Bréfritari: Gunnlaugur Oddsson
Dagsetning: A-1888-09-04
Skrifað á: Glasgow, Skotlandi

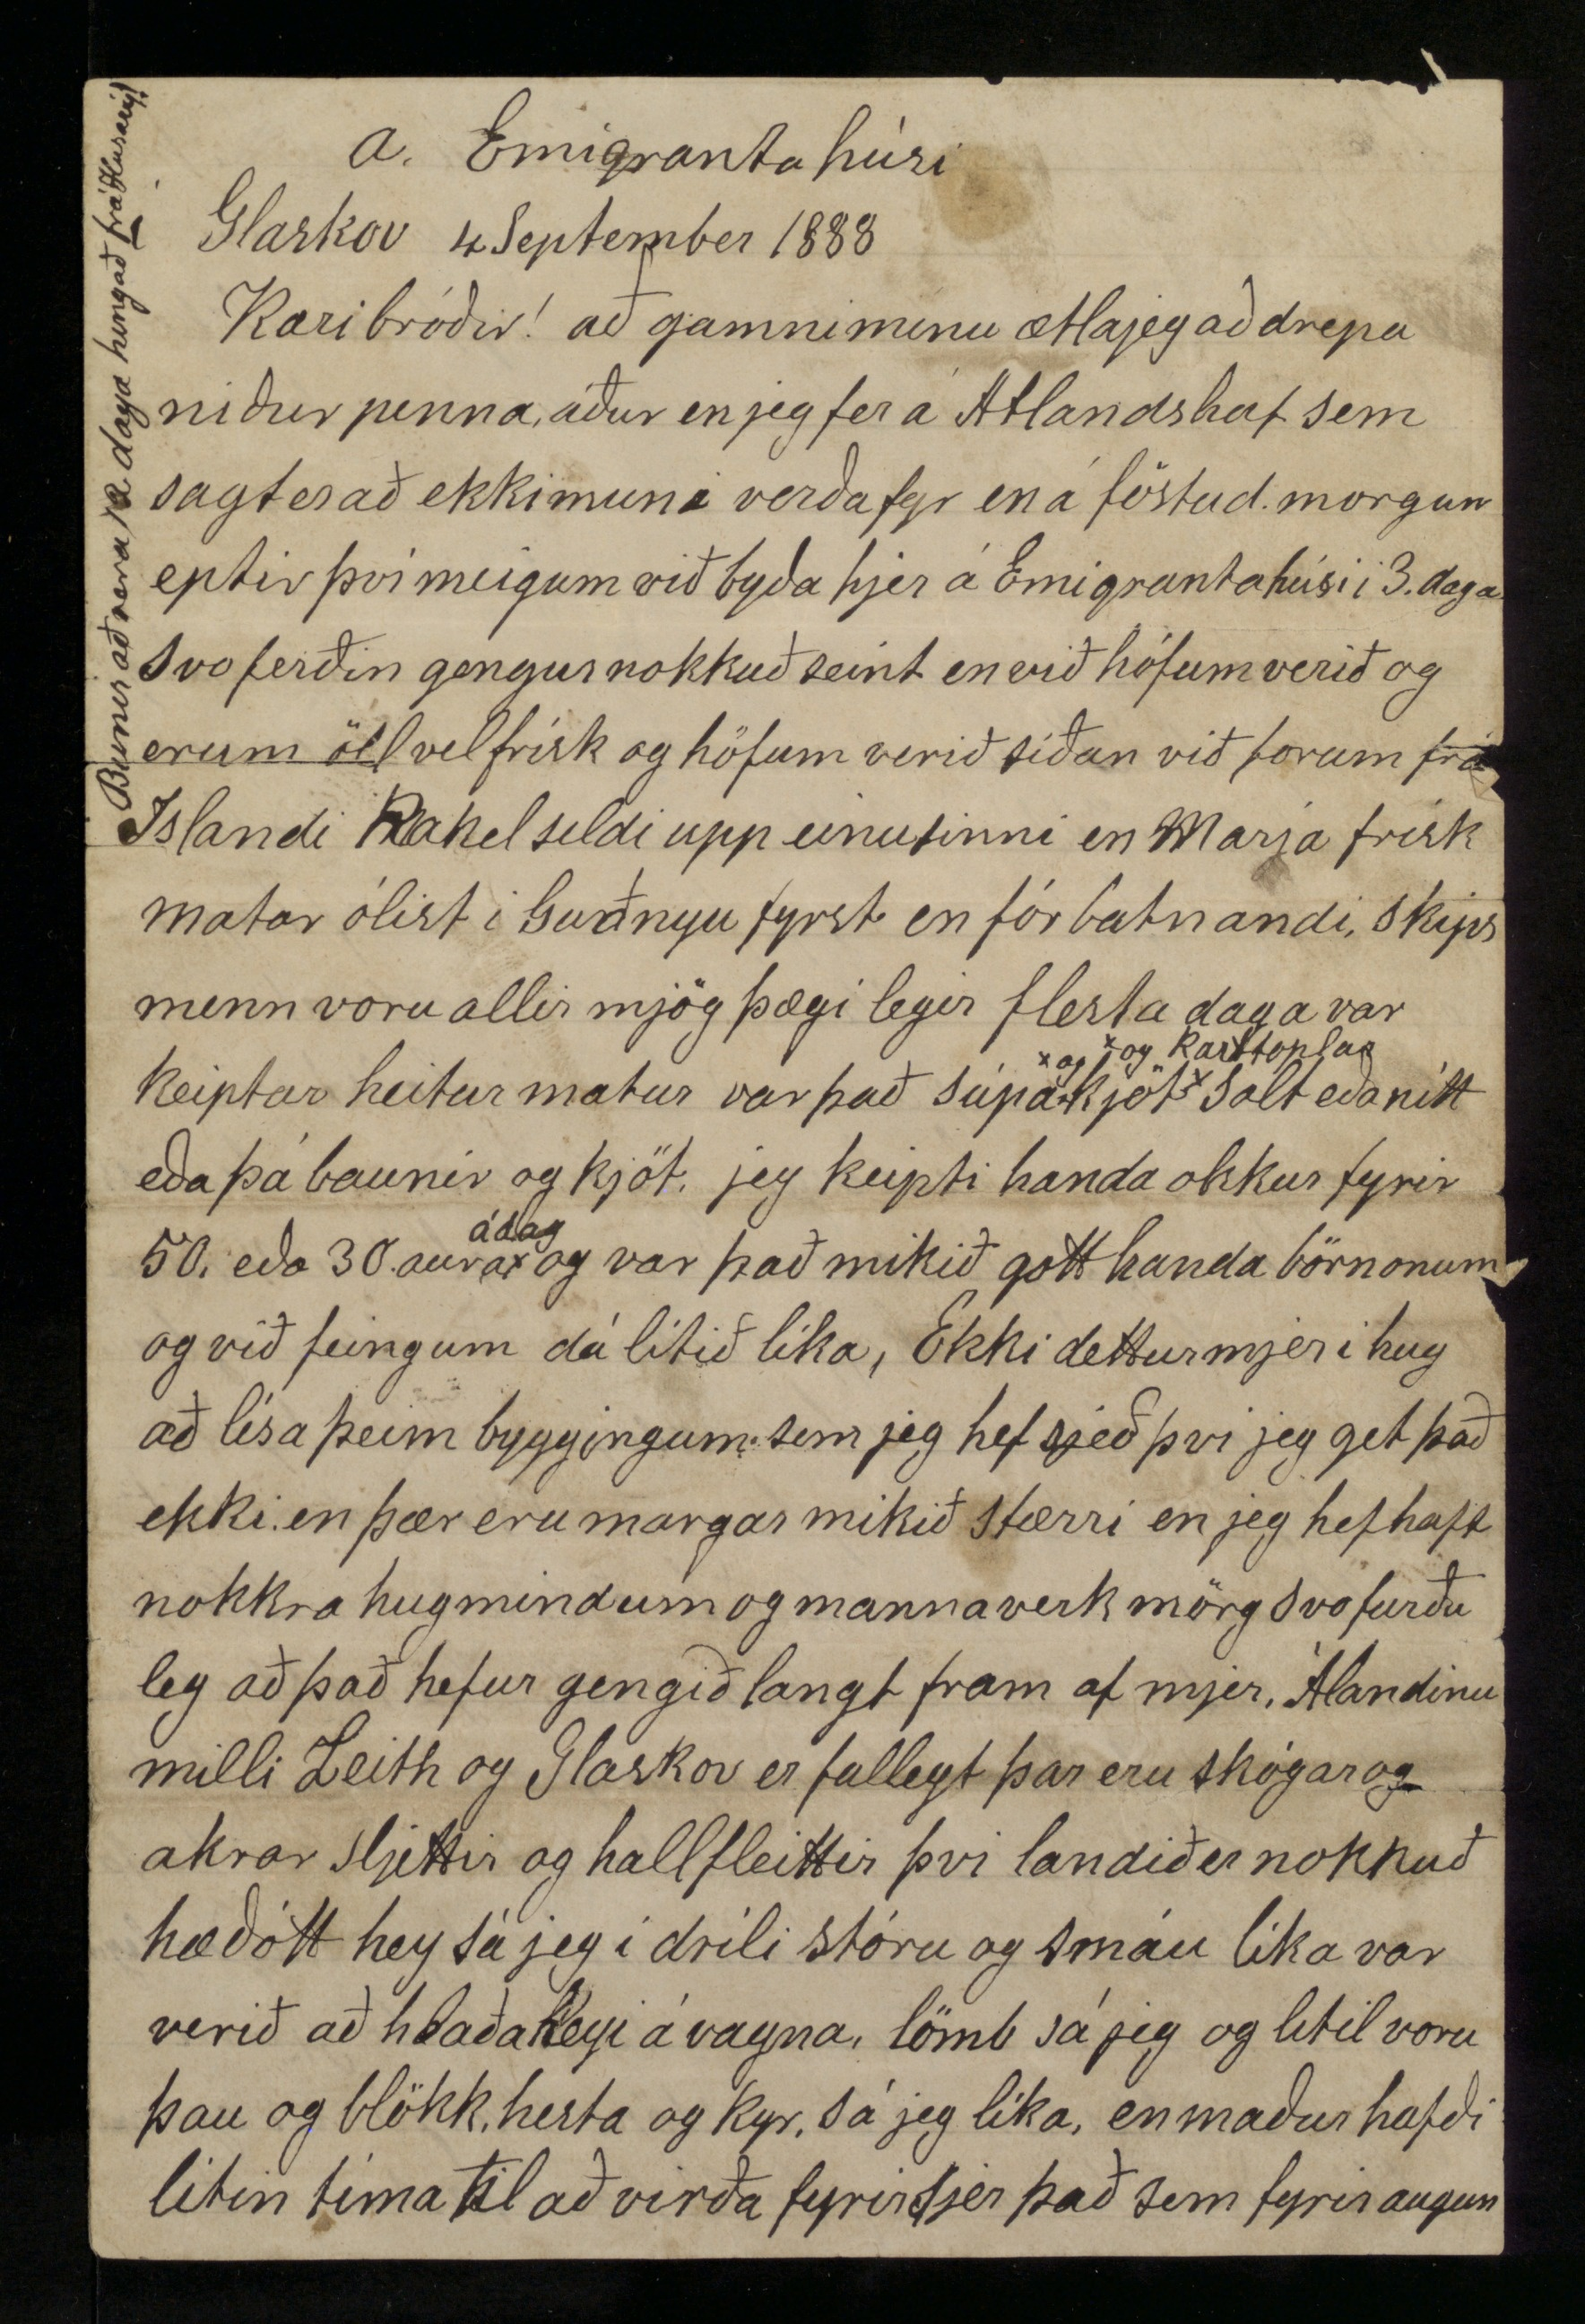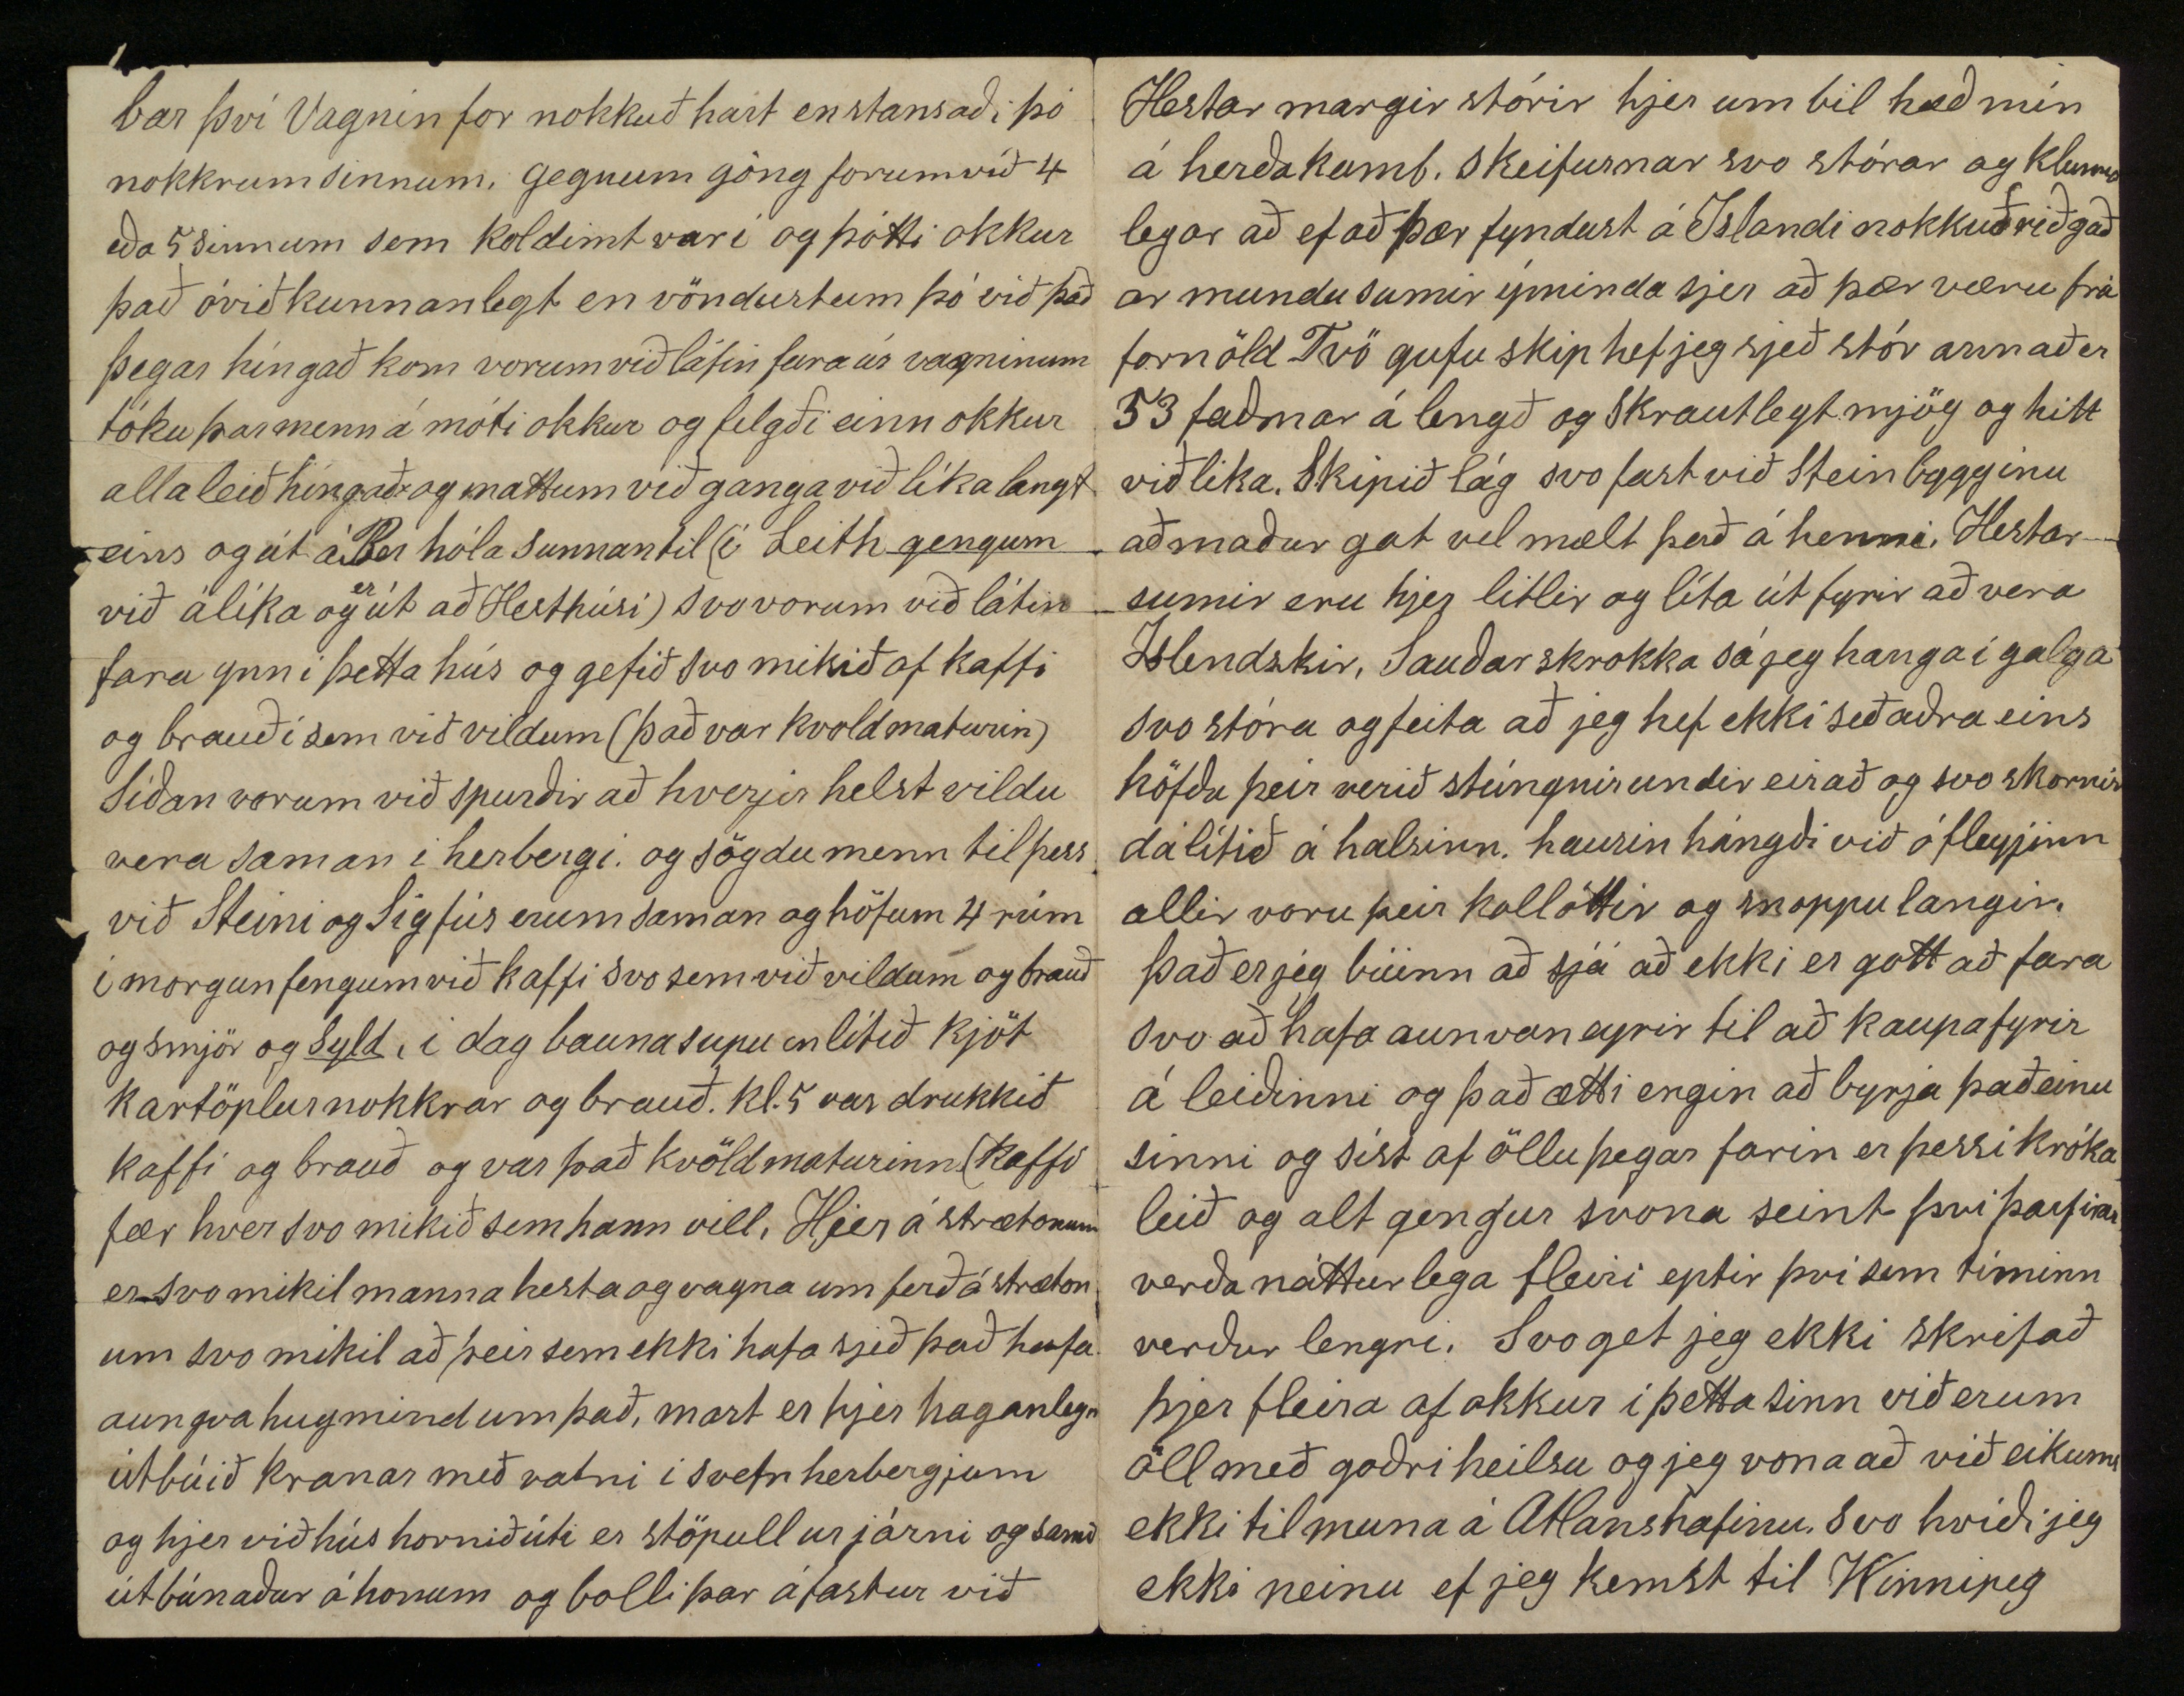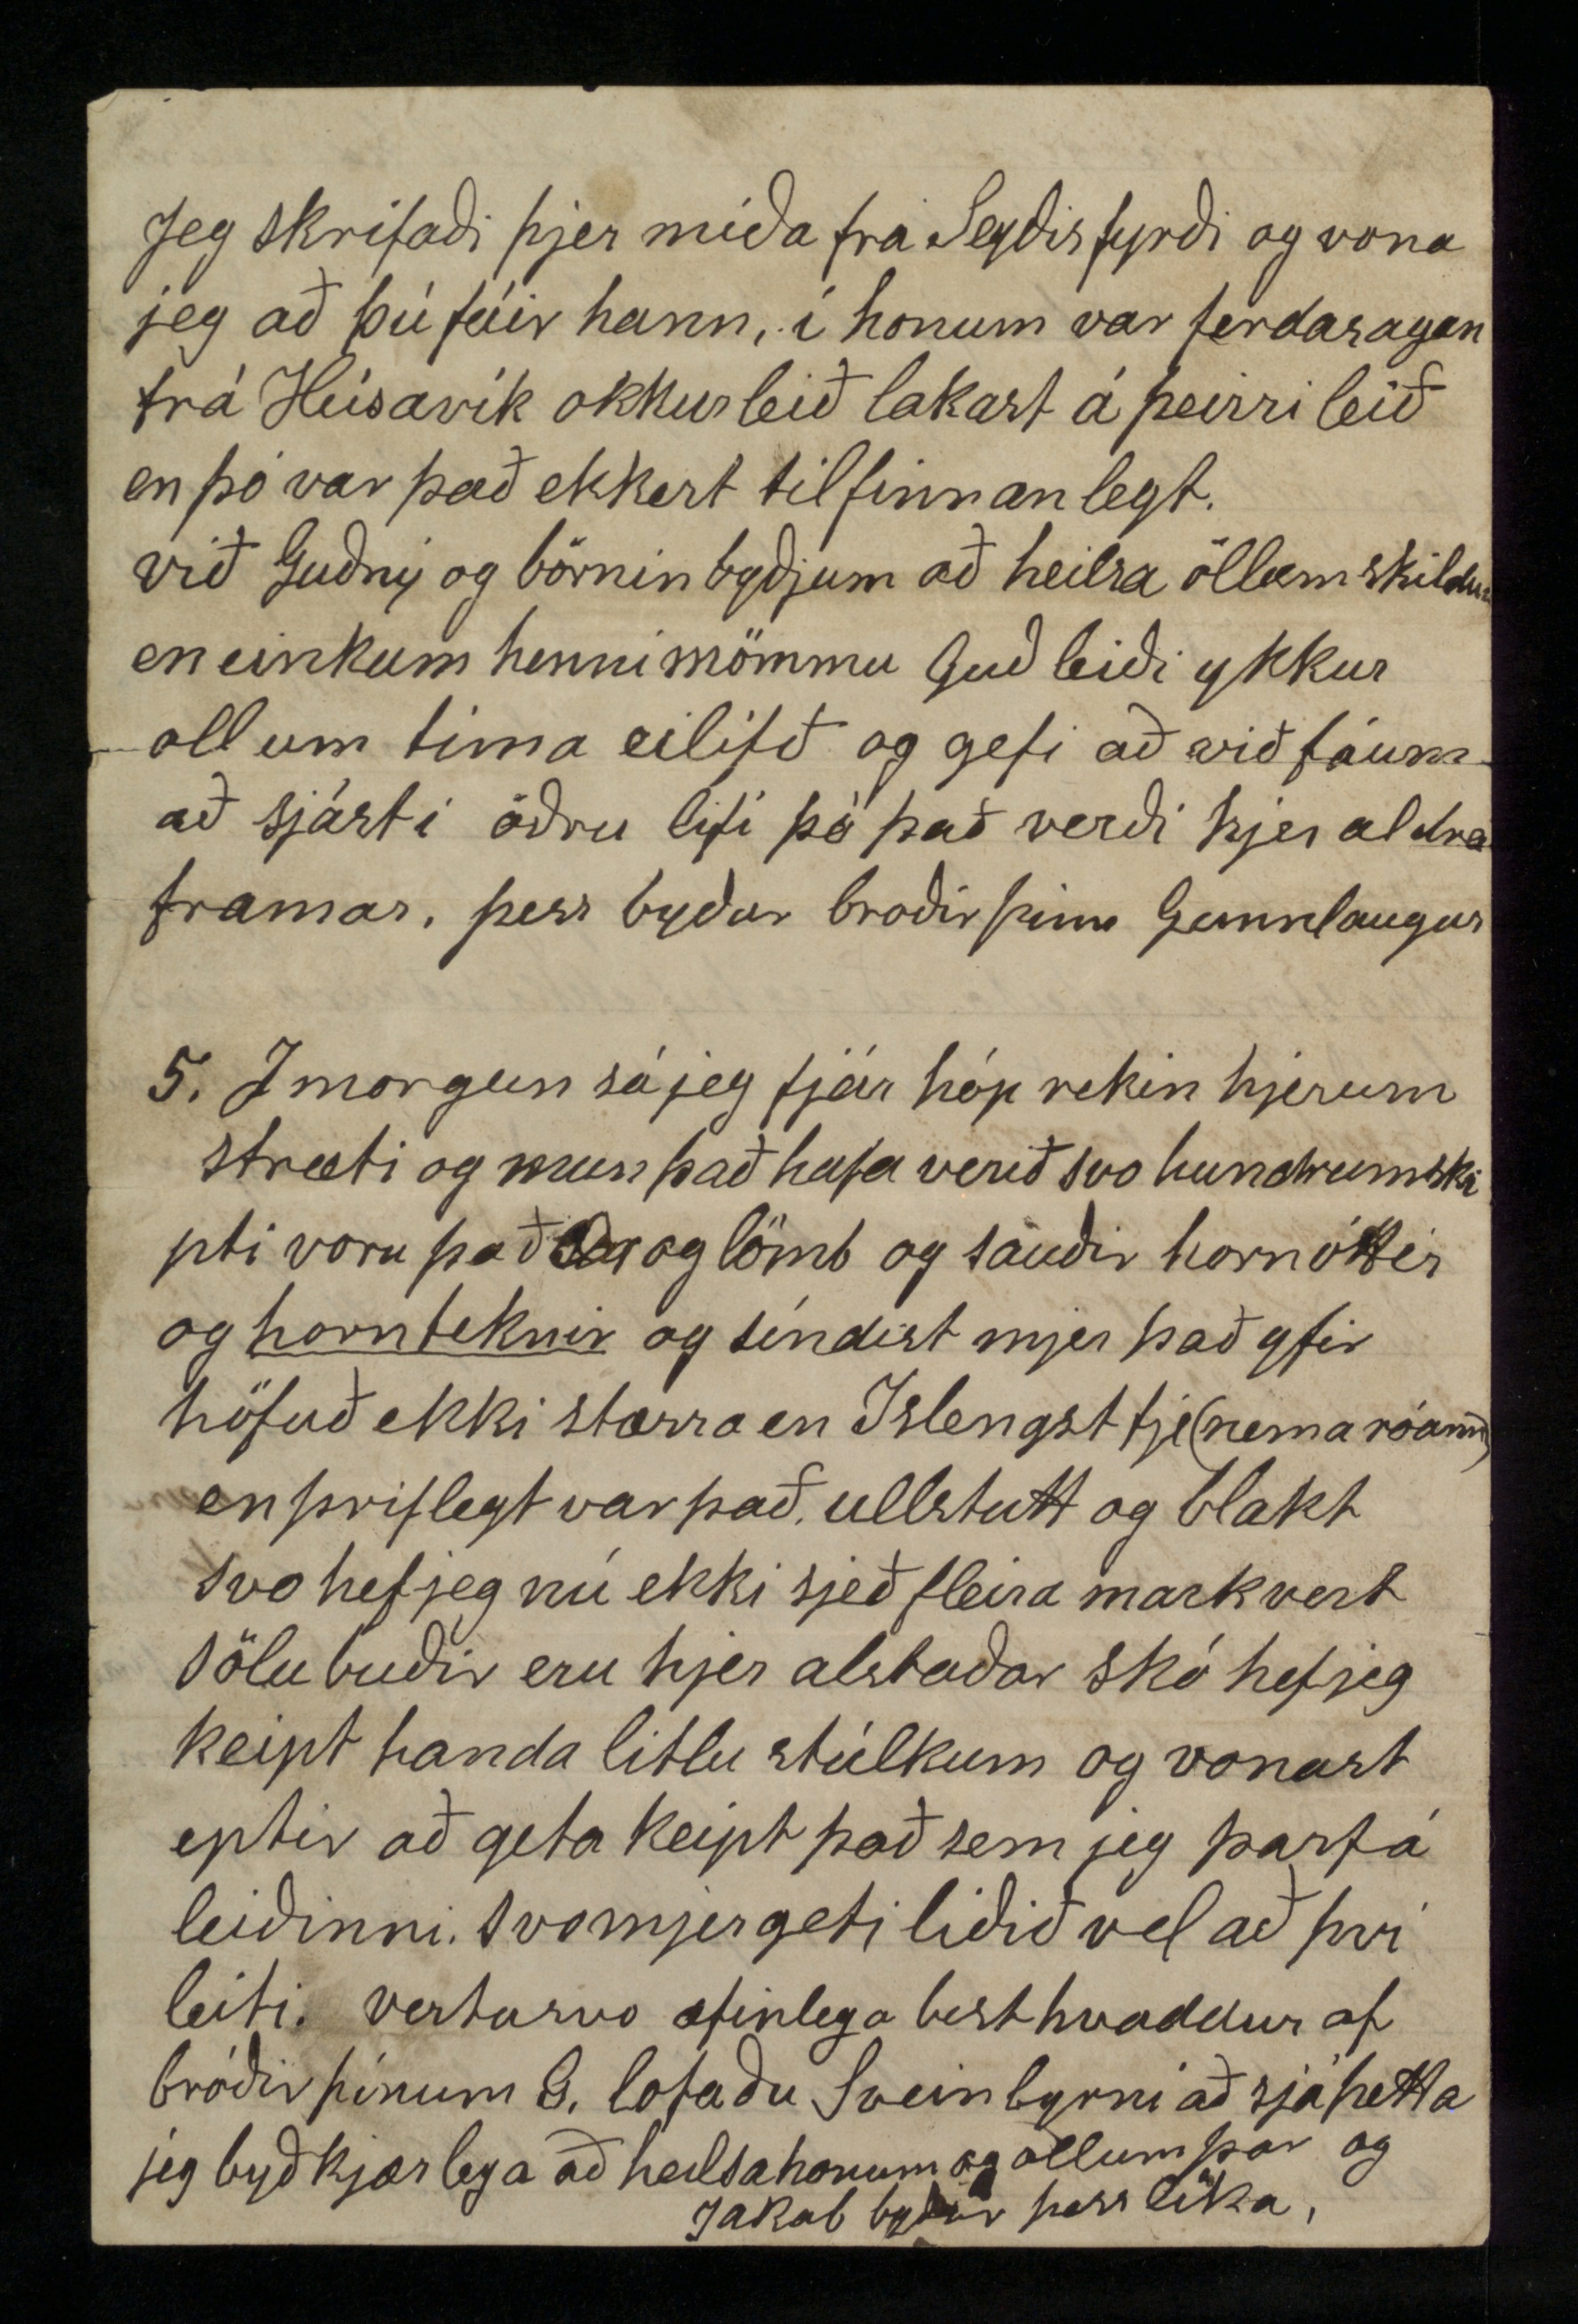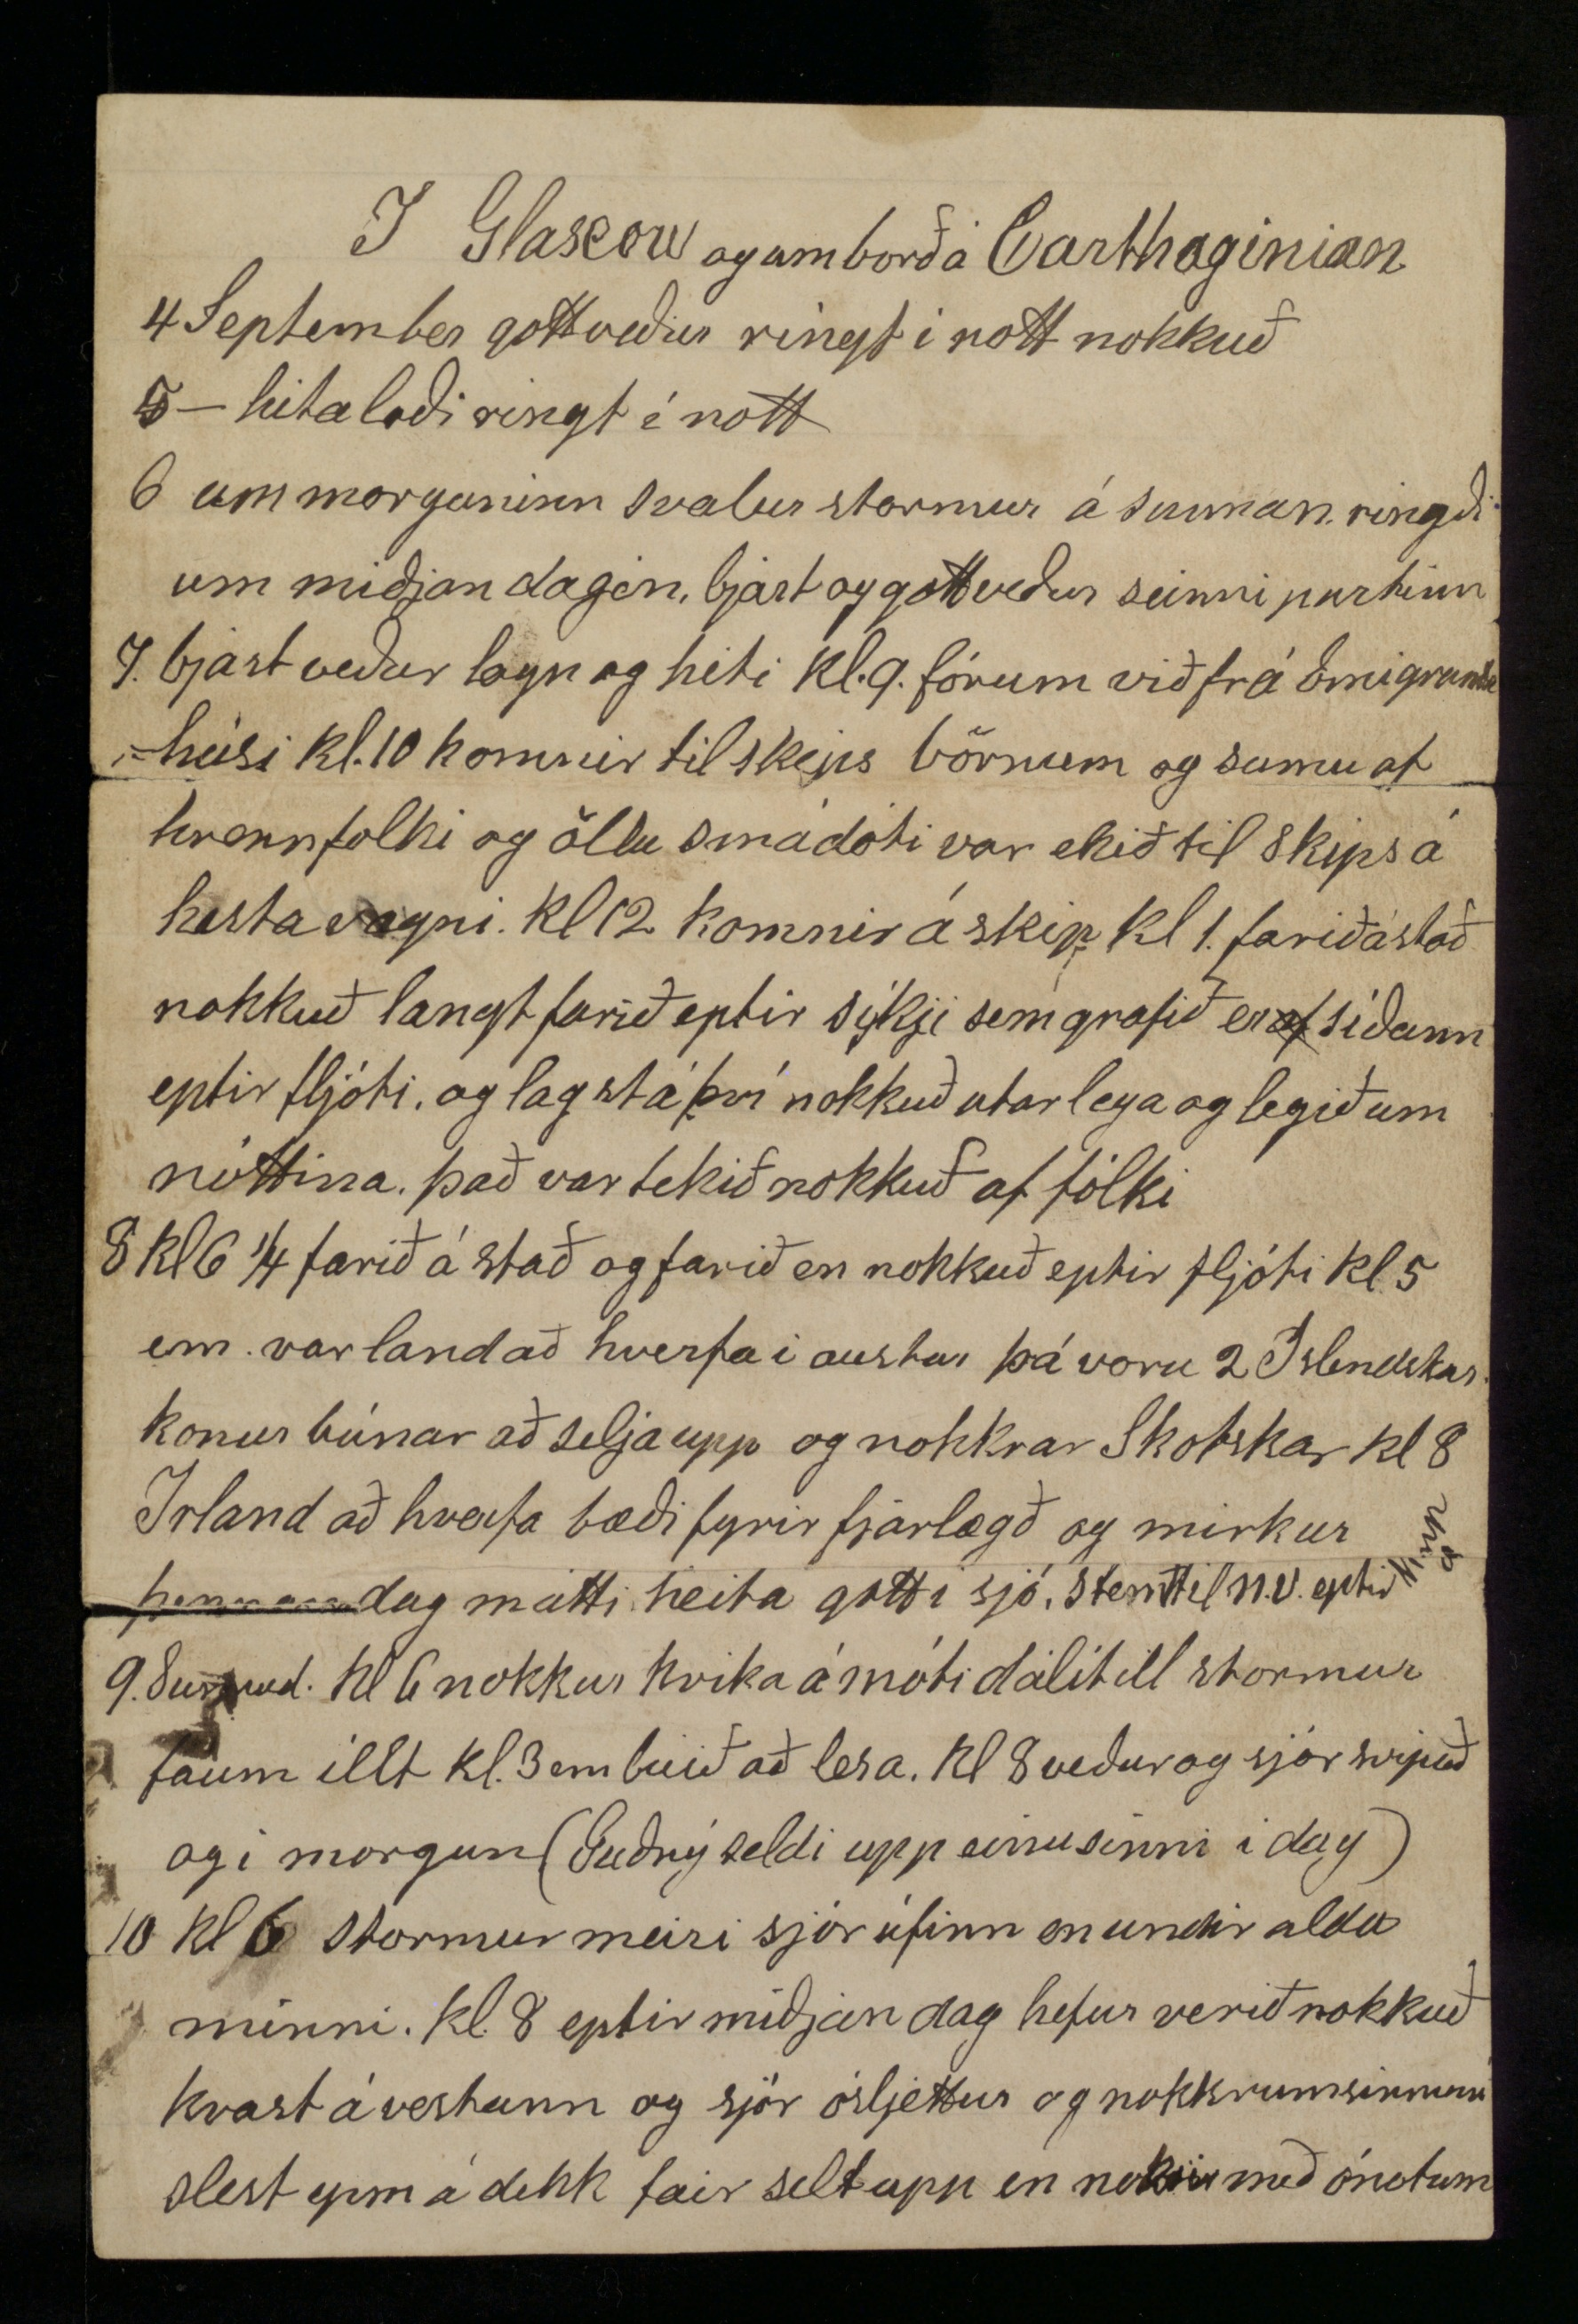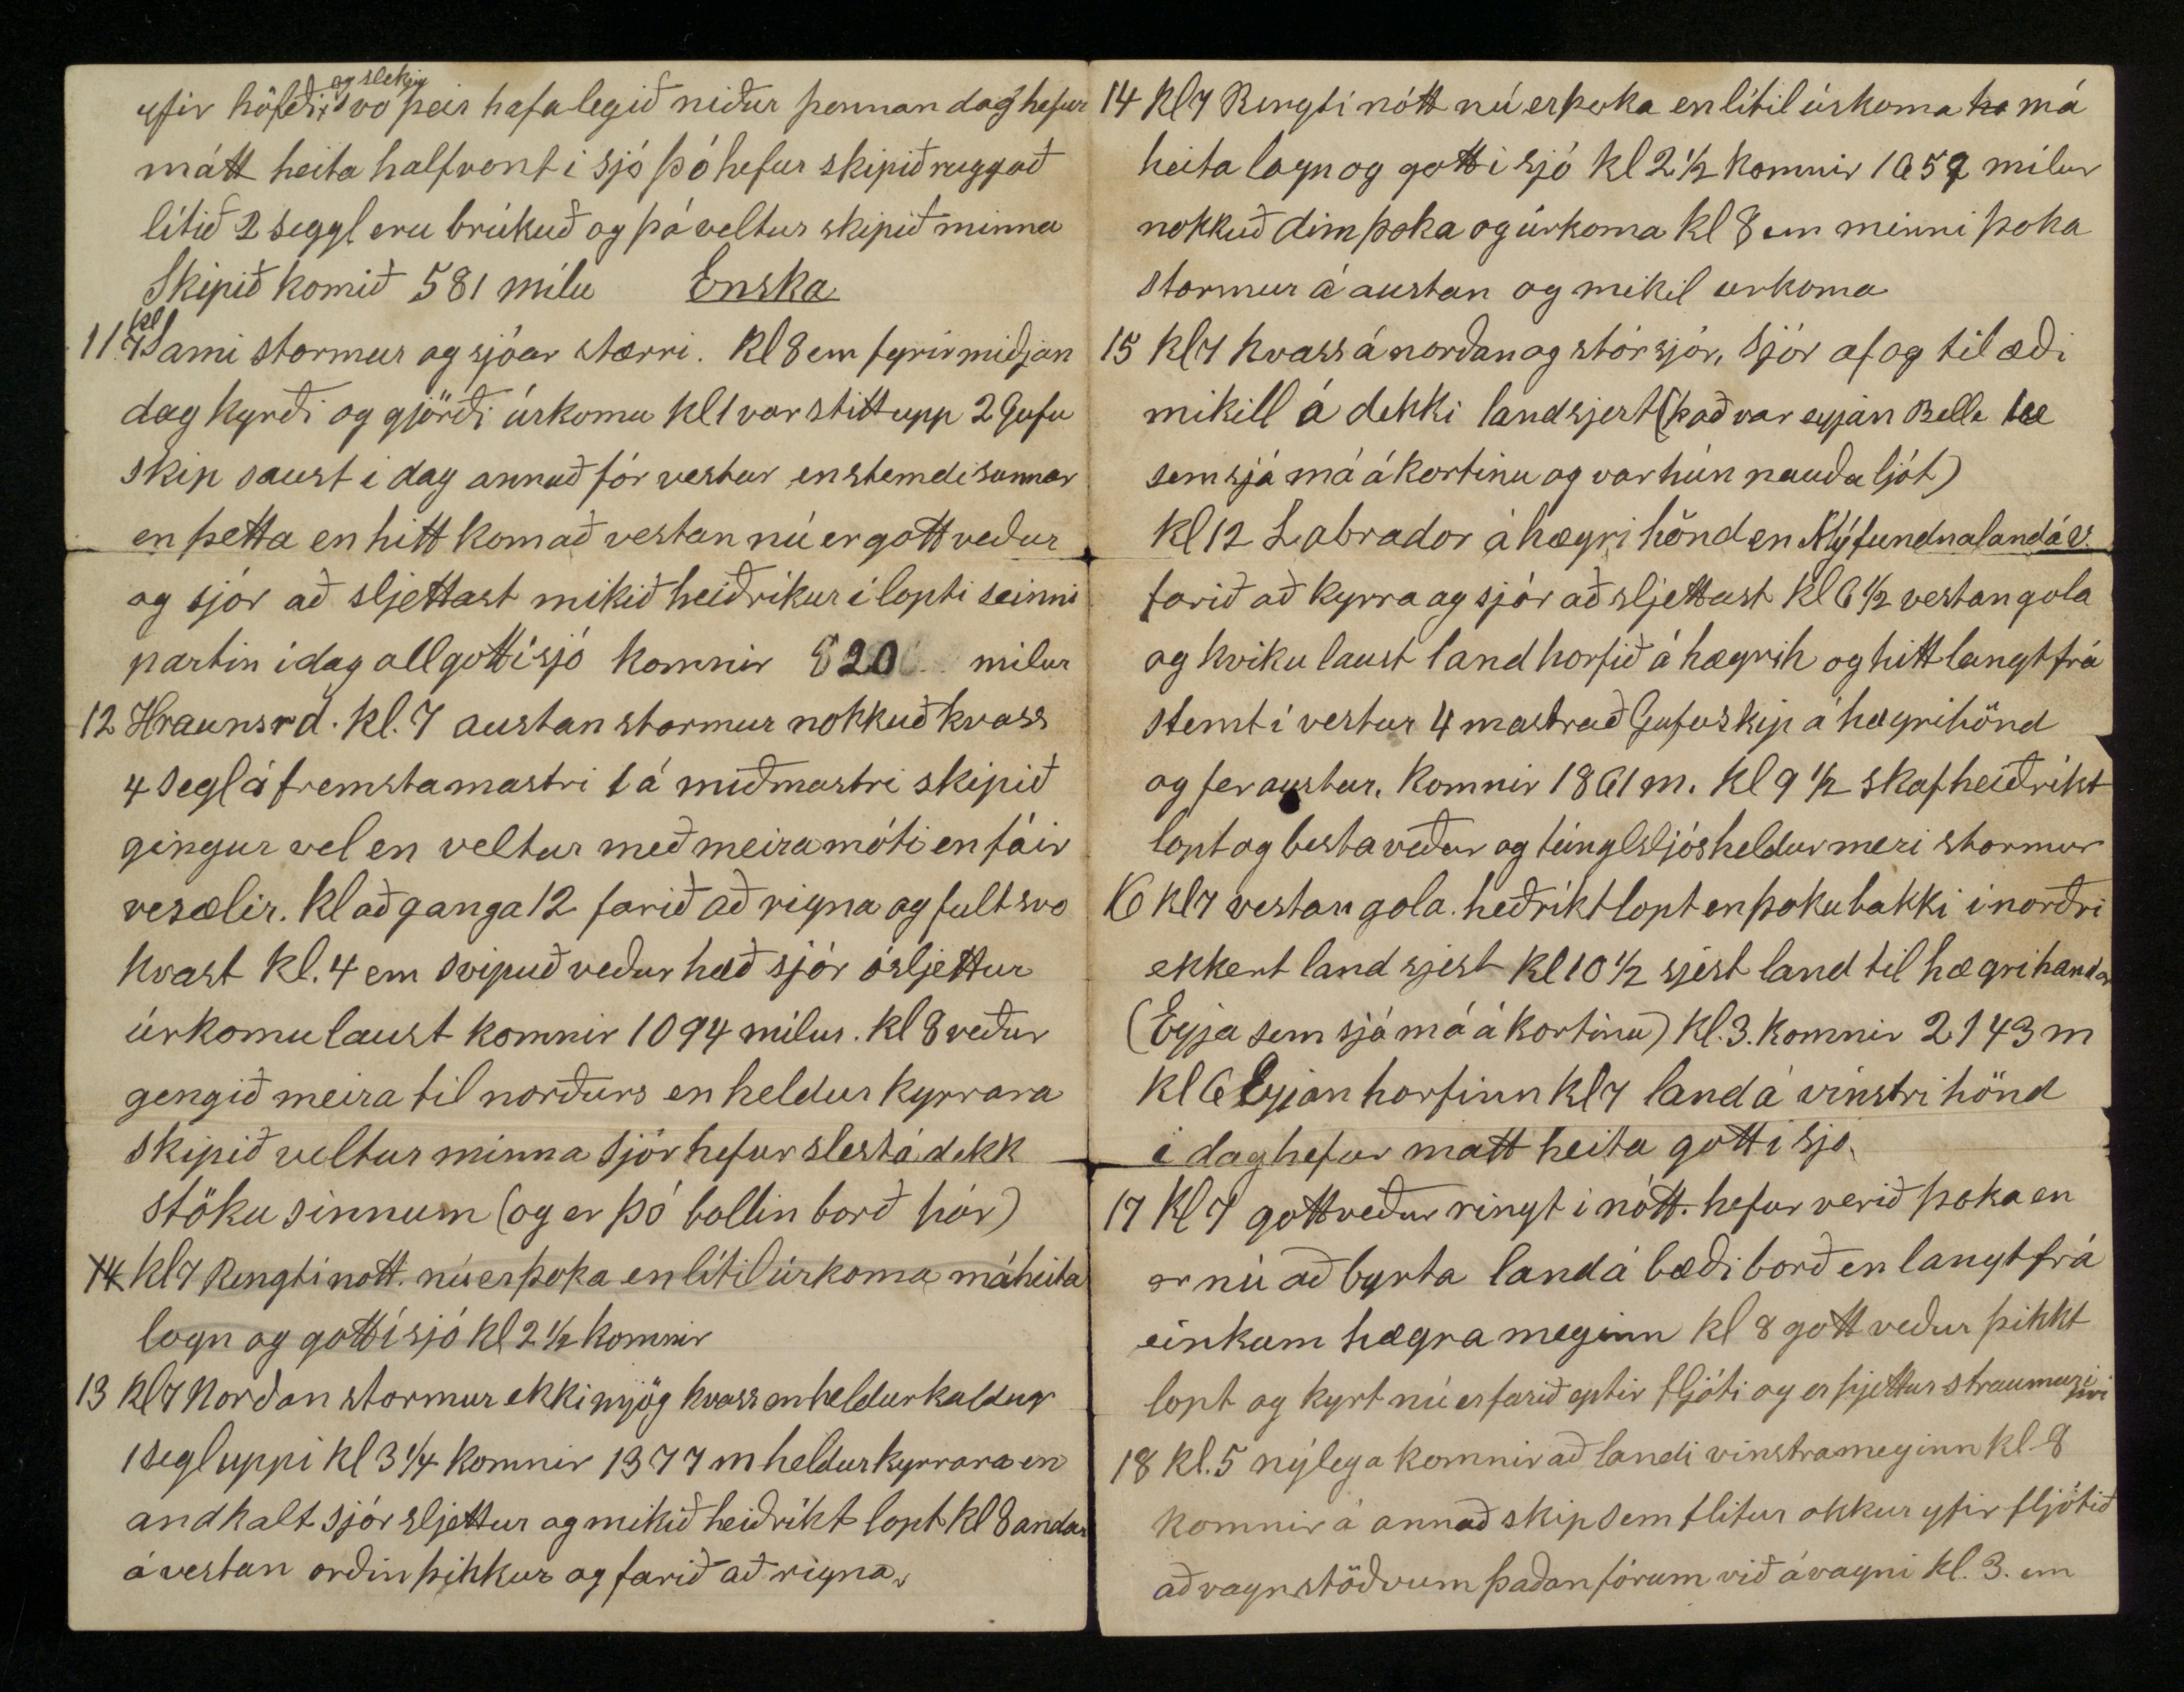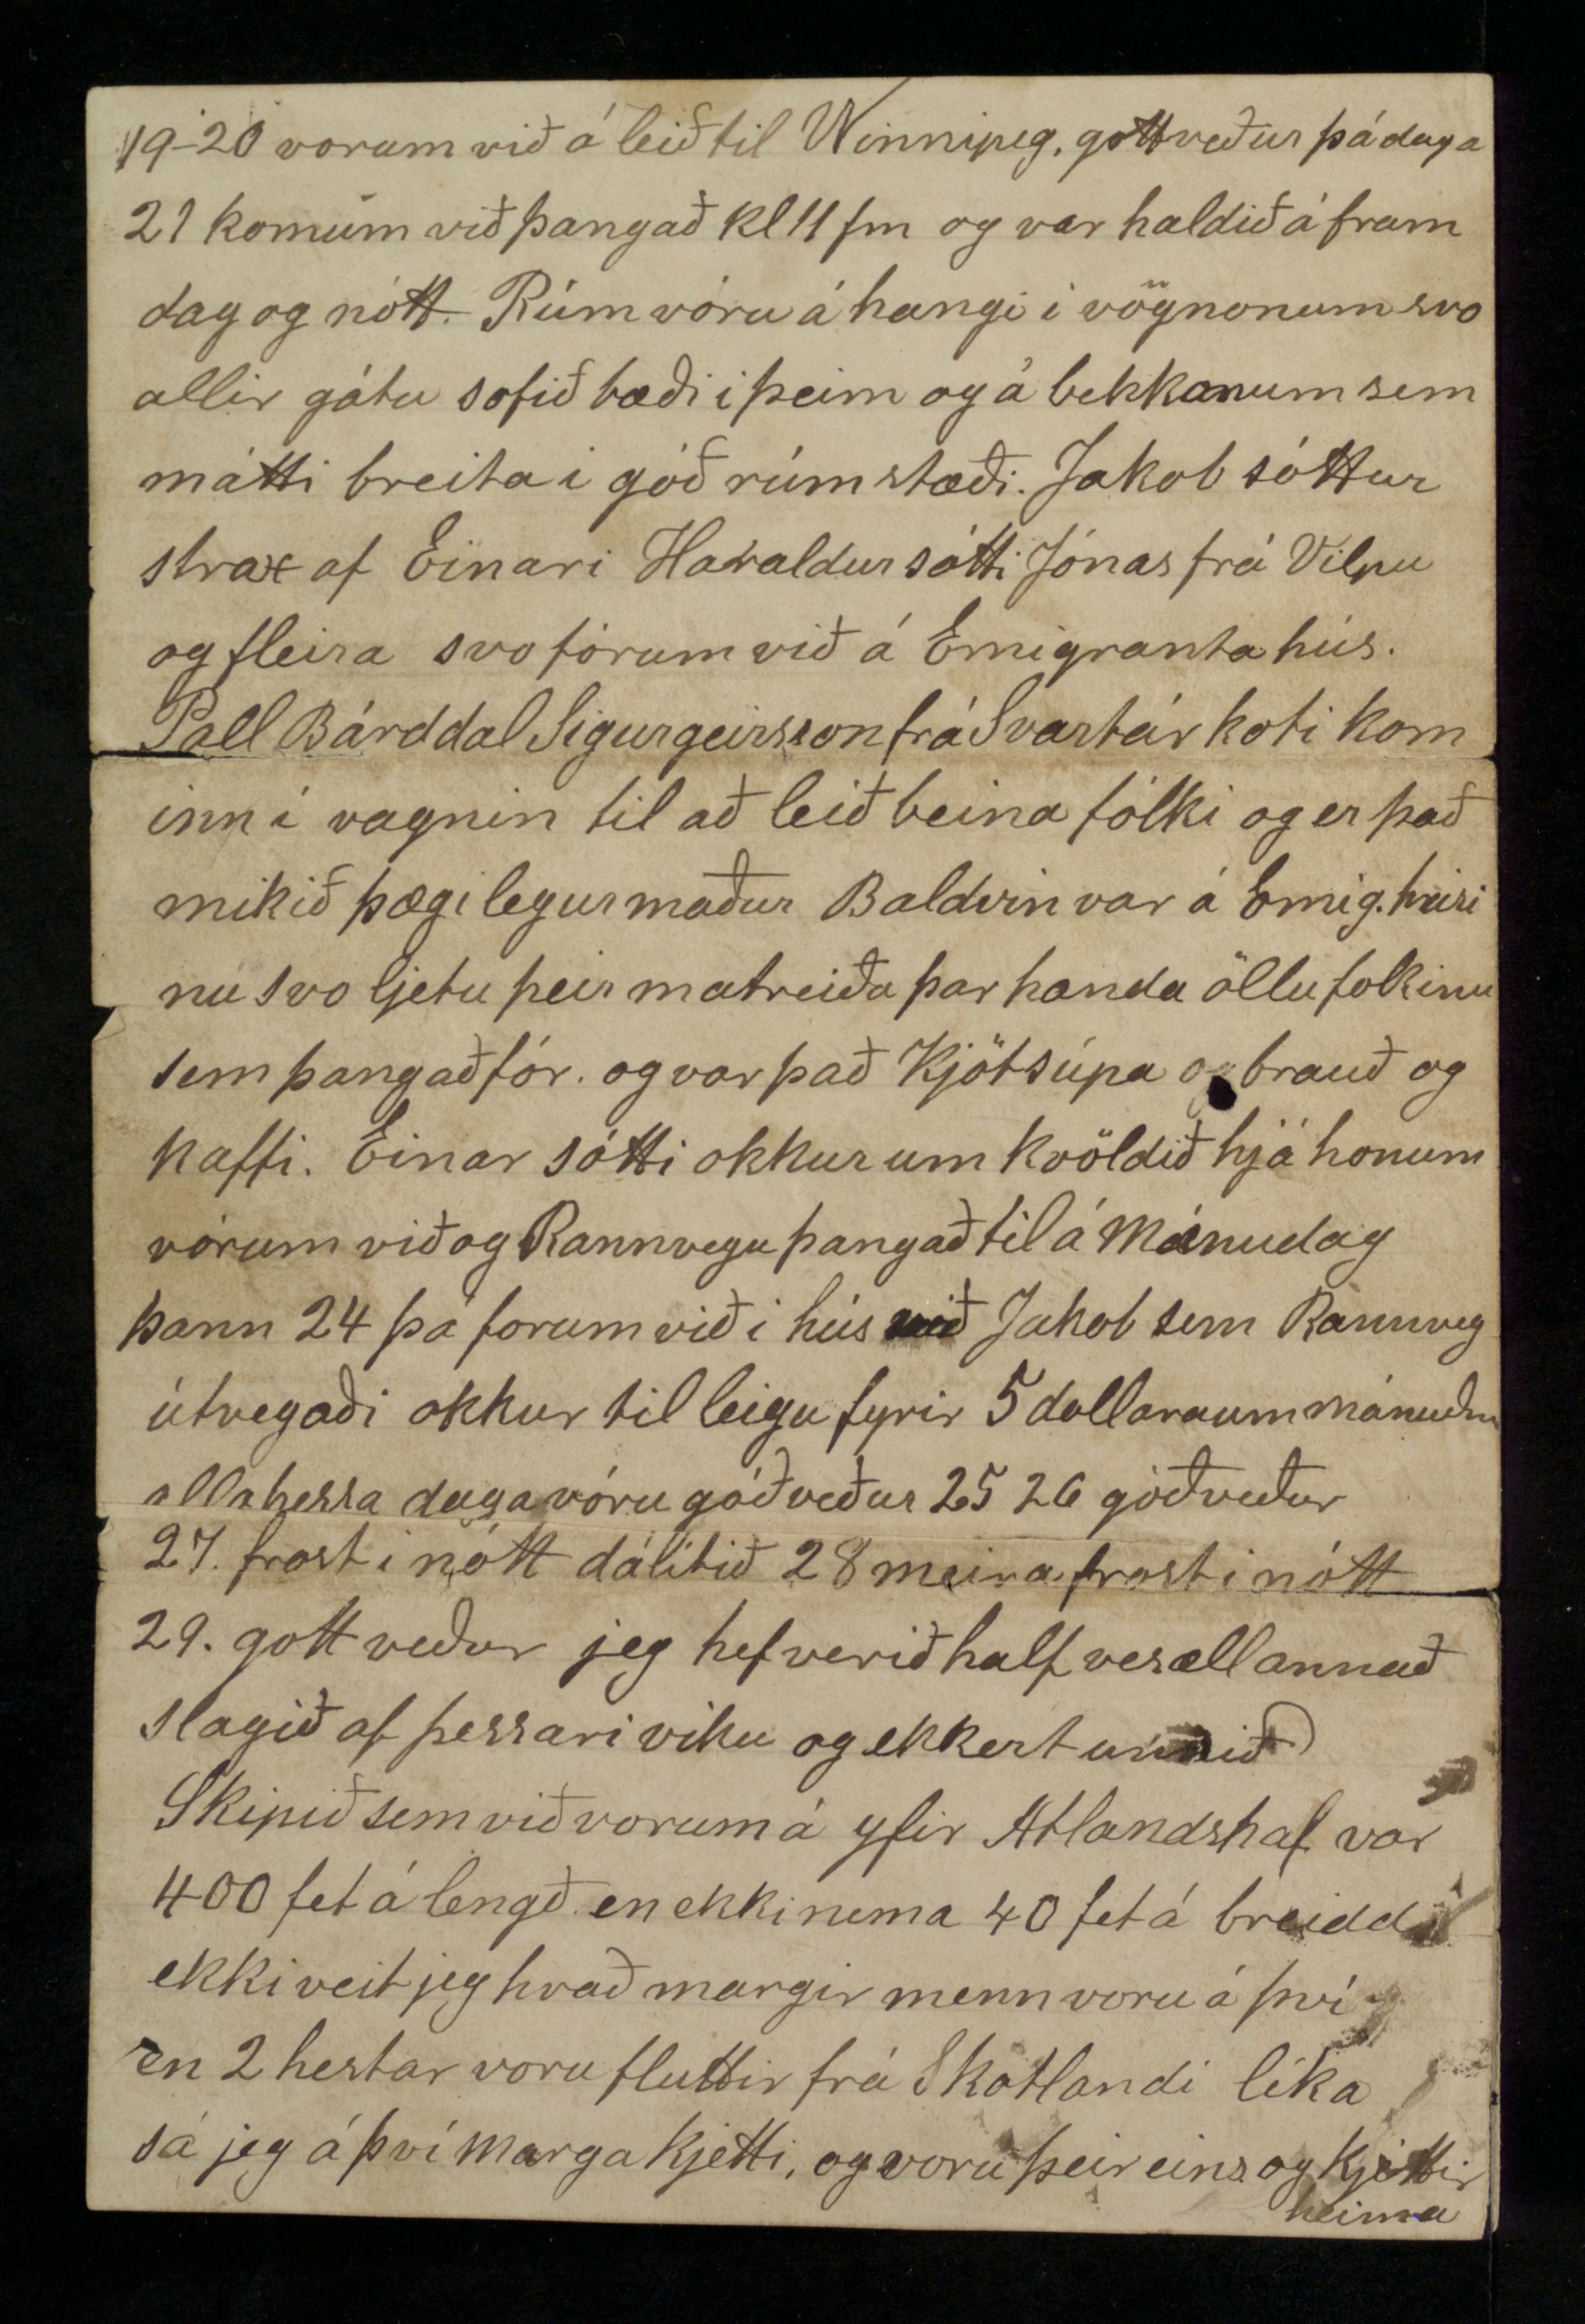

A Emigrantahúsi Glaskov 4 September 1888
Kæri bróðir! að gamni mínu ætla jeg að drepa niður penna áður en jeg fer á Atlandshaf sem sagt er að ekki muni verða fyr en á föstud. morgun eptir því meigum við byða hjer á Emigrantahúsi í 3. daga svo ferðin gengur nokkuð seint en við höfum verið og erum öll vel frísk og höfum verið síðan við forum frá Islandi Rakel seldi upp einusinni en María frísk matar ólist í Guðnyu fyrst en fór batnandi, skips menn voru allir mjög þægi legir flesta daga var keiptur heitur matur var það súpa
og
kjöt
og kartoplur
salt eða nítt eða þá baunir og kjöt. jeg keipti handa okkur fyrir 50. eða 30 aura
á dag
og var það mikið gott handa börnonum og við feingum dálítið líka, Ekki dettur mjer í hug að lísa þeim byggingum sem jeg hef sjeð því jeg get það ekki en þær eru margar mikið stærri en jeg hef haft nokkra hugmynd um og mannaverk mörg svo furðu leg að það hefur gengið langt fram af mjer. Á landinu milli Leith og Glaskov er fallegt þar eru skógar og akrar sljettir og hallfleittir því landið er nokkuð hæðótt hey sá jeg í dríli stóru og smáu líka var verið að hlaða heyi á vagna, lömb sá jeg og litil voru þau og blökk, hesta og kyr, sá jeg líka, en maður hafði lítin tíma til að virða fyrir sjer það sem fyrir augun
bar því Vagnin for nokkuð hart en stansaði þó nokkrum sinnum, gegnum göng forum við 4 eða 5 sinnum sem koldimt var í og þótti okkur það óviðkunnanlegt en vöndustum þó við það þegar híngað kom vorum við látin fara úr vagninum tóku þar menn á móti okkur og filgði einn okkur alla leið híngað og mattum við ganga við líka langt eins og út á Berhóla sunnan til (í Leith gengum við álíka og
er
út að Hesthúsi) svo vorum við látin fara ynn í þetta hús og gefið svo mikið af kaffi og brauði sem við vildum (það var kvoldmaturin) Síðan vorum við spurðir að hverjir helst vildu vera saman í herbergi. og sögðu menn til þess við Steini og Sigfús erum saman og höfum 4 rúm í morgun fengum við kaffi svo sem við vildum og brauð og smjög og
Syld
, í dag baunasupu en lítið kjöt karöplur nokkrar og brauð. kl. 5 var drukkið kaffi og brauð og var það kvöldmaturinn (kaffi fær hver svo mikið sem hann vill, Hjer á strætonum er svo mikil manna hesta og vagna umferð á strætonum svo mikil að þeir sem ekki hafa sjeð það hafa aungva hugmind um það, mart er hjer haganlega útbúið kranar með vatni í svefn herbergjum og hjer við hús hornið úti er stöpull úr járni og sami útbúnaður á honum og bolli þar áfastur við
Hestar margir stórir hjer um bil hæð mín á herðakamb. Skeifurnar svo stórar og kluna legar að ef að þær fyndust á Islandi nokkuð riðgaðar mundu sumir ýminda sjer að þær væri fra fornöld Tvö gufu skip hef jeg sjeð stór annað er 53 faðmar á lengð og skrautlegt mjög og hitt líka. Skipið lág svo fast við Steinbygginu að maður gat vel mælt það á henni. Hestar sumir eru hjer litlir og líta út fyrir að vera Islendskir, Sauðarskrokka sá jeg hanga í galga svo stóra og feita að jeg hef ekki seð aðra eins höfðu þeir verið stúngnir undir eirað og svo skornir dálítið á halsinn. hausin hángði við á ófleyjinn allir voru þeir kollóttir og snoppu langir. Það er jeg búinn að sjá að ekki er gott að fara svo að hafa aunvan eyrir til að kaupa fyrir á leiðinni og það ætti engin að byrja það einu sinni og síst af öllu þegar farin er þessi króka leið og alt gengur svona seint því þarfir verða nátturlega fleiri eptir því sem tíminn verður lengri. Svo get jeg ekki skrifað þjer fleira af okkur í þetta sinn við erum öll með goðri heilsu og jeg vona að við
eikum
ekki til muna á Atlanshafinu Svo kvíði jeg ekki neinu ef jeg kemst til Winnipeg
Jeg skrifaði þjer miða fra Seyðisfyrði og vona jeg að fáir hann, í honum var ferðasagana frá Húsavík okkur leið lakast á þeirri leið en þó var það ekkert tilfinnanlegt.
Við Guðný og börnin byðjum að heilsa öllum skildum en einkum henni mömmu Guð leiði ykkur oll um tíma eilífð og gefi að við fáum að sjást í öðru lífi þó það verði hjer aldrei framar, þess byður broðir þinn Gunnlaugur
5. I morgun sá jeg fjár hóp rekin hjerum stræti og mun það hafa verið svo
hundr umskipti
voru það ær og lömb og sauðir hornóttir og
hornteknir
og síndist mjer það yfir höfuð ekki stærra en Islengst fje (nema róann) en þriflegt var það ullstutt og blakt svo hef jeg nú ekki sjeð fleira markvert sölu buðir eru hjer alstaðar skó hef jeg keipt handa litlu stúlkum og vonast eptir að geta keipt það sem jeg þarf á leiðinni. svo mjer geti liðið vel að því leiti. vertu svo æfinlega best kvaddur af bróðir þínum G. lofaðu Sveinbyrni að sjá þetta jeg byð kjærlega að heilsa honum og ollum þar og Jakob byður þess líka.
I Glascow og um borð á Carthaginian
4 September gott veður ríngt í nott nokkuð
5 - hitaloði ringt í nott
6 um morguninn svalur stormur á sunann ringdi um miðjan dagin, bjart gott veður seinni partinn
7. bjart veður logn og hiti kl. 9. fórum við frá Emigrantahúsi kl. 10 komnir til skips börnum og sumu af kvennfolki og öllu smádóti var ekið til skips á hestavagni. kl 12 komnir á skip kl 1 farið á stað nokkuð langt farið eptir sýkji sem grafið er
af
síðann eptir fljóti, og lagst á því nokkuð ofarlega og legið um nóttina. það var tekið nokkuð af fólki
8 kl 6 1/4 farið á stað og farið en nokkuð eptir fljóti kl. 5 em var land að hverfa í austur þá voru 2 Íslendskar konur búnar að selja upp og nokkrar Skotskar kl 8 Irland að hverfa bæðið fyrir fjarlægð og mirkur þennan dag mátti heita gott í sjó, stemt til n.v. eptir
kompas
9. Sunnud. kl 6 nokkur kvika á móti dálítill stormur fáum íllt kl. 3 em búið að lesa. kl 8 veður og sjór svipuð og í morgun (Guðný seldi upp einu sinni í dag)
10 kl 6 stormur meiri sjór úfinn en undir alda minni. kl 8 eptir miðjan dag hefur verið nokkuð kvast á vestann og sjór ósljettur og nokkrumsinnum slest upp á dekk fair selt upp en nokrir með ónotum
yfir höfði
og slikju
svo þeir hafa legið niður þennan dag hefur mátt heita halfvont í sjó þó hefur skipið ruggað lítið 2 seggl eru brúkuð og þá veltur skipið minna Skipið komið 581 mílu
Enska
11
kl
7 Sami stormur og sjóar stærri. kl 8 em fyrir miðjan dag kyrði og gjörði úrkomu kl 1 var stilt upp 2 Gufu skip saust í dag annað fór vestur en stemdi sunnar en þetta en hitt kom að vestan nú er gott veður og sjór að sljettast mikið heiðríkur í lopti seinni partin í dag allgott í sjó komnir 820 mílur
12 Hraunsrd. kl. 7 austan stormur nokkuð kvass 4 segl á fremsta mastri 1 á miðmastri skipið gengur vel en veltur með meira móti en fáir vesælir. kl að ganga 12 farið að rigna og fult svo hvast kl. 4 em svipuð veður hæð sjór ósljettur úrkomulaust komnir 1094 mílur. kl 8 veður gengið meira til norðurs en heldur kyrrara Skipið veltur minna sjór hefur slest á dekk stöku sinnum (og er þó bollin borð hár)
14
kl 7 Ringt í nott. nú er þoka en lítil úrkoma má heita logn og gott í sjó kl 2 1/2 komnir
13 kl 7 norðan stormur ekki mjög kvass en heldur kaldur 1 segl uppi kl 3 1/4 komnir 1377 m heldur kyrrara en andkalt sjór sljettur og mikið heiðríkt lopt kl 8 andar á vestan orðin þikkur og farið að rigna.
14 kl 7 Ringt í nótt nú er þoka en lítil úrkoma
he
má heita logn og gott í sjó kl 2 1/2 komnir 1659 mílur nokkuð dim þoka og úrkoma kl 8 em minni þoka stormur á austan og mikil urkoma
15 kl 7 hvass á norðan og stórsjór, Sjór af og til æði mikill á dekki land sjest (það var eyjan Belle Isl sem sjá má á kortinu og var hún nauða ljót) kl 12 Labrador á hægri hönd en Nýfundnaland á v. farið að kyrra og sjór að sljettast kl 6 1/2 vestan gola og hviku laust land horfið á hægri h og hitt langt frá stemt í vestur 4 mastrað Gufuskip á hægrihönd og fer austur, komnir 1861 m. kl 9 1/2 skafheiðríkt lopt og besta veður og túnglsljós heldur meri stormur
16 kl 7 vestan gola heðríkt lopt en þokubakki í norðri ekkert land sjest kl 10 1/2 sjest land til hægrihandar (Eyja sem sjá má á kortinu) kl. 3. komnir 2143 m kl 6 Eyjan horfinn kl 7 land á vinstri hönd í dag hefur matt heita gott í sjo
17 kl 7 gott veður ringt í nótt. hefur verið þoka en er nú að byrta land á bæði borð en langt frá einkum hægra meginn kl 8 gott veður þikkt lopt og kyrt nú er farið eptir fljóti og er þjettur straumur í því
18 kl. 5 nýlega komnir að landi vinstrameginn kl. 8 komnir á annað skip sem flitur okkur yfir fljótið að vagnstöðvum þaðan fórum við á vagni kl. 3. em
19-20 vorum við á leið til Winnipeg, gott veður þá daga 21 komum við þangað kl 11 fm og var haldið áfram dag og nótt. Rúm vóru á hangi vögnonum svo allir gátu sofið bæði í þeim og á bekkonum sem mátti breita í góð rúmstæði. Jakob sóttur strax af Einari Haraldur sótti Jónas frá Vilpu og fleira svo fórum við á Emigrantahús. Pall Bárddal Sigurgeirsson frá Svartárkoti kom inn í vagnin til að leiðbeina fólki og er það mikið þægilegur maður Baldvin var á Emig.húsinu svo ljetu þeir matreiða þar handa öllu folkinu sem þangað fór. og var það Kjötsúpa og brauð og kaffi. Einar sótti okkur um kvöldið hjá honum vórum við og Rannvegu þangað til á Mánudag þann 24 þá forum við í hús við Jakob sem Rannveg útvegaði okkur til leigu fyrir 5 dollara um mánuðin alla þessa daga vóru góð veður 25 26 góð veður
27. frost í nótt dálítið 28 meira frost í nótt 29. gott veður jeg hef verið half vesæll annað slagið af þessari viku og ekkert unnið
Skipið sem við vorum á yfir Atlandshaf var 400 fet á lengð en ekki nema 40 fet á breidd ekki veit jeg hvað margir menn voru á því en 2 hestar voru fluttir frá Skotlandi líka sá jeg á því marga kjetti, og voru þeir eins og kjettir heima